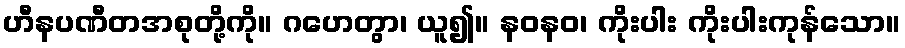
ဟီနပဏီတအစုတို့ကို။ ဂဟေတွာ၊ ယူ၍။ နဝနဝ၊ ကိုးပါး ကိုးပါးကုန်သော။